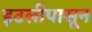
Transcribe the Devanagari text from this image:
इटलीपासून